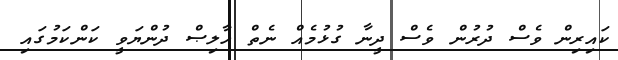
ކައިރިން ވެސް ދުރުން ވެސް ދީނާ ގުޅުމެއް ނެތް ޚާލިޞް ދުންޔަވީ ކަންކަމުގައި